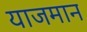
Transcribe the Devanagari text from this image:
याजमान